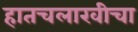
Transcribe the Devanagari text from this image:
हातचलाखीचा